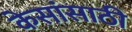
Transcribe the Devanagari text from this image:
केसांसाठी